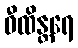
ဝီထိန္တရေ